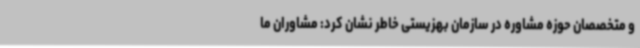
و متخصصان حوزه مشاوره در سازمان بهزیستی خاطر نشان کرد: مشاوران ما